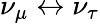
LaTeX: \nu_{\mu}\leftrightarrow\nu_{\tau}